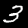
Label: 3